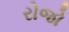
રોજો